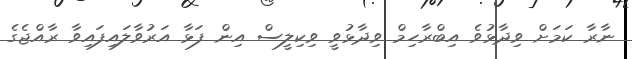
ނާރާ ކަމަށް ވިދާޅުވެ އިބްރާހިމް ވިދާޅުވީ ވިކިލީސް އިން ފަޅާ އަރުވާލައިފައިވާ ރާއްޖެގެ